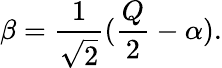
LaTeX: \beta=\frac{1}{\sqrt{2}}(\frac{Q}{2}-\alpha).